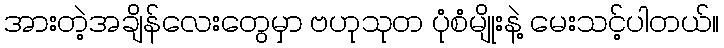
အားတဲ့အချိန်လေးတွေမှာ ဗဟုသုတ ပုံစံမျိုးနဲ့ မေးသင့်ပါတယ်။